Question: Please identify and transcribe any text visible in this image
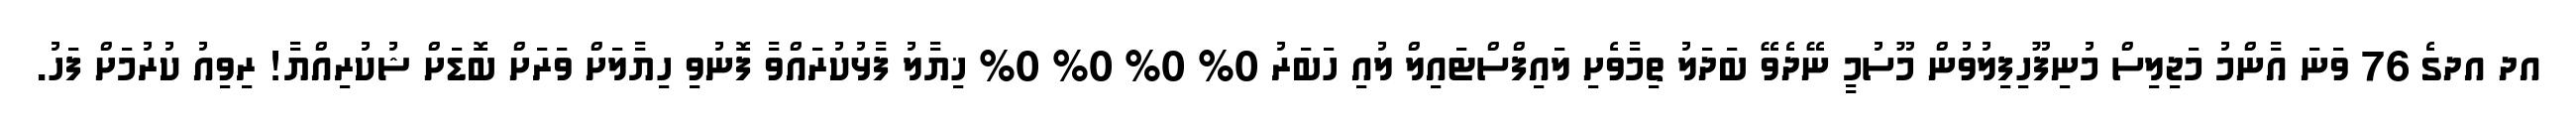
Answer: އދ އދގެ 76 ވަނަ އާންމު މަޖިލިސް މުނިފޫހިފިލުވުން މޫސުމީ ނޭދެވޭ ބަދަލު ތިމާވެށި ލައިފްސްޓައިލް ލުއި ހަބަރު 0% 0% 0% 0% ޚިޔާލު ފާޅުކުރައްވާ ފޮނުވި ހިޔާލަށް ވަރަށް ބޮޑަށް ޝުކުރިއްޔާ! ރިވިއު ކުރުމަށް ފަހު.